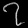
Digit: ၇